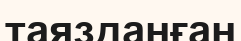
таязданған